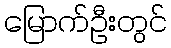
မြောက်ဦးတွင်